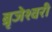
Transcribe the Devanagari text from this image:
ब्रृजेश्वरी